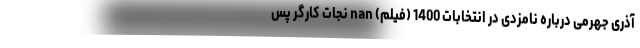
آذری جهرمی درباره نامزدی در انتخابات 1400 (فیلم) nan نجات کارگر پس